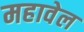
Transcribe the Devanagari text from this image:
महावेल